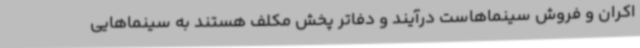
اکران و فروش سینماهاست درآیند و دفاتر پخش مکلف هستند به سینماهایی